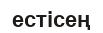
естісең